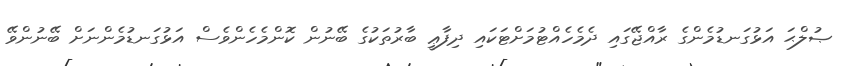
ޞުލްޙަ އަޅުގަނޑުމެންގެ ރާއްޖޭގައި ދެމެހެއްޓުމަށްޓަކައި ދިފާޢީ ބާރުތަކުގެ ބޭނުން ކޮންމެހެންވެސް އަޅުގަނޑުމެންނަށް ބޭނުންވޭ